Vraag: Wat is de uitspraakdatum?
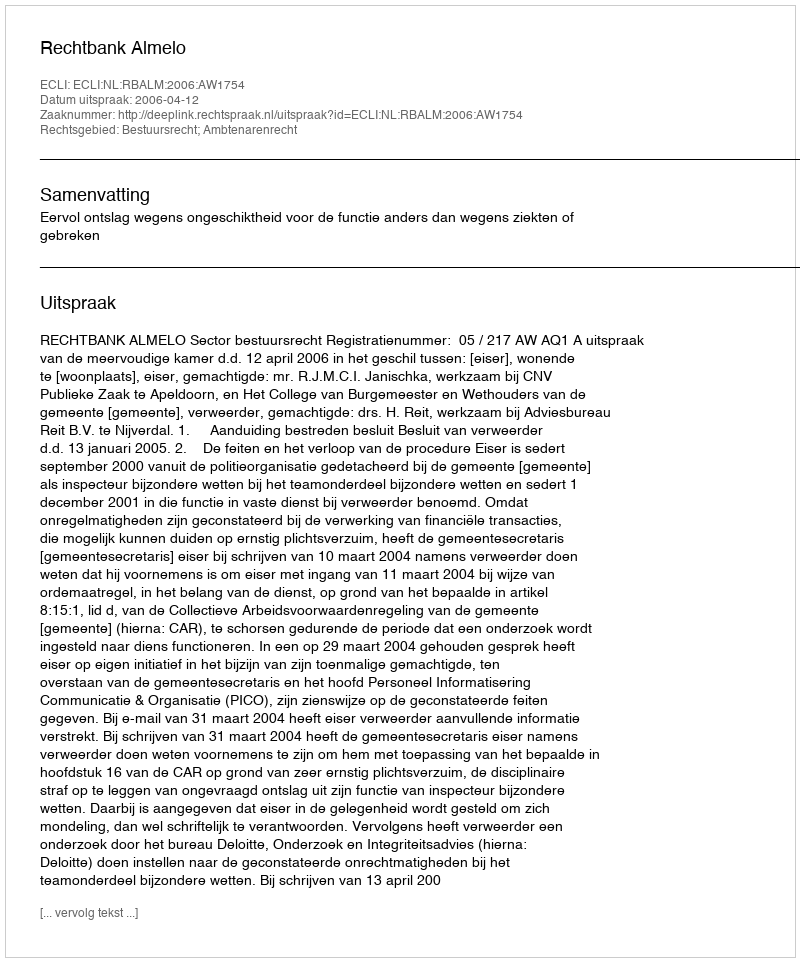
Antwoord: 2006-04-12